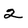
Character: 2